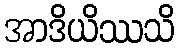
အာဒိယိဿသိ